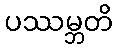
ပဿမ္ဘတိ